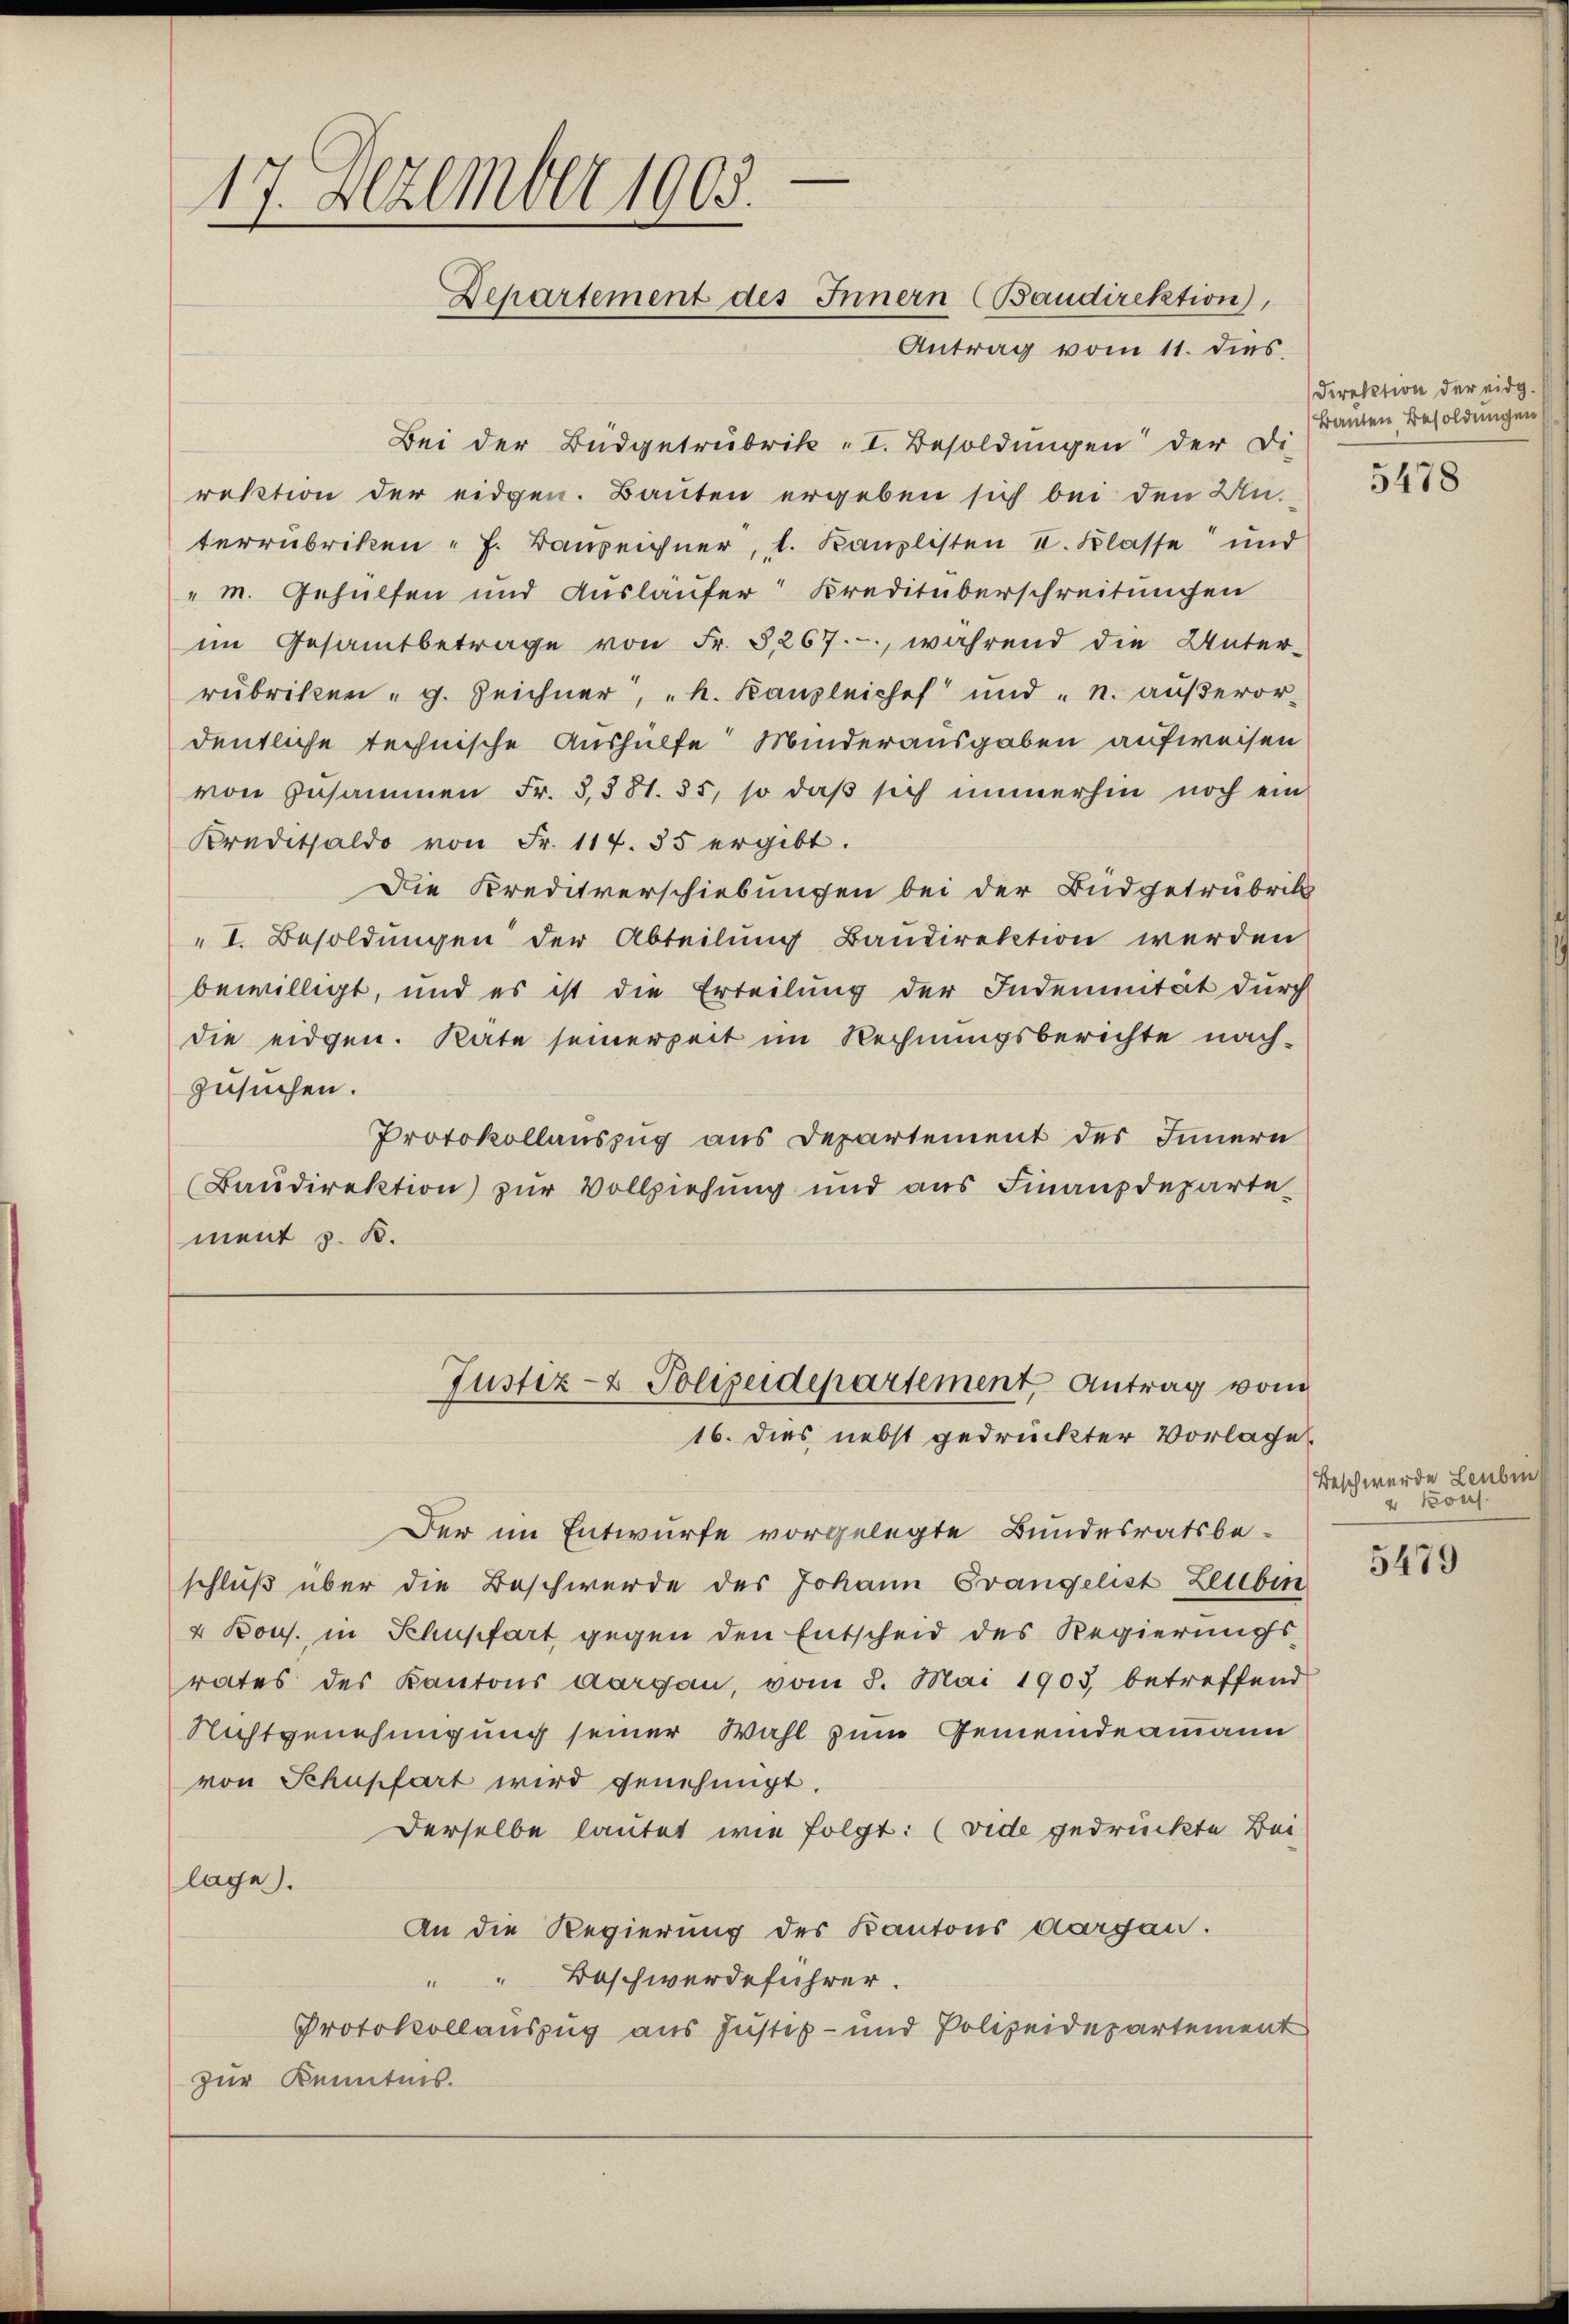
17. Dezember 1903.
Departement des Innern (Baudirektion),
Antrag vom 11. dies

Bei der Büdgetrubrik „I. Besoldŭngen der Di
rektion der eidgen. Bauten ergeben sich bei den Unterrubriken " J. Bauzeichner, l. Kanzlisten I. Klasse und
" m. Gehülfen und Auslaufer Kreditüberschreitungen
im Gesamtbetrage von Fr. 3267., während die Unter-
rubriken "g. Zeichner, "k. Kanzleiches und "n. aŭβeror-
deutliche technische Aushülfe Minderausgaben aufweisen
von zusammen Fr. 3381. 35, so daβ sich immerhin noch ein
Kreditsaldo von Fr. 117. 35 ergibt.
Die Kreditverschiebungen bei der Budgetrubrik
" I. Besoldungen der Abteilung Baudirektion werden
bewilligt, und es ist die Erteilung der Indemnität durch
die eidgen. Räte seinerzeit im Rechnungsberichte nach-
zusuchen.
Protokollauszug aus Departement des Innern
Baudirektion zur Vollziehung und aŭs Finanzdeparte-
ment z. B.

.

Justiz- & Polizeidepartement Antrag vom
16. Dies nebst gedruckter Vorlage

Der im Entwurfe vorgelegte Bundesratsbe-
schluß über die Beschwerde des Johann Evangelist Leubin
4 Kons. in Khupfart gegen den Entscheid des Regierungsrates des Kantons Aargau, vom 3. Mai 1903 betreffend
Nichtgenehmigung seiner Wahl zum Gemeindeammann
von Schupfart wird genehmigt.
Derselbe lautet wie folgt: (vide gedrückte Bei
lage).
An die Regierung des Kantons Aargau.
" " Beschwerdeführer.
Protokollauszug aus Justiz- und Polizeidepartement
zur Kenntnis.

Direktion der eidg.
Bauten Besoldungen

5478

Beschwerde Leubin
2 Kons

5479